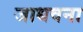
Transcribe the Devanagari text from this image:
जाधवना